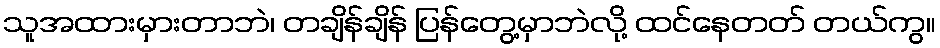
သူအထားမှားတာဘဲ၊ တချိန်ချိန် ပြန်တွေ့မှာဘဲလို့ ထင်နေတတ် တယ်ကွ။